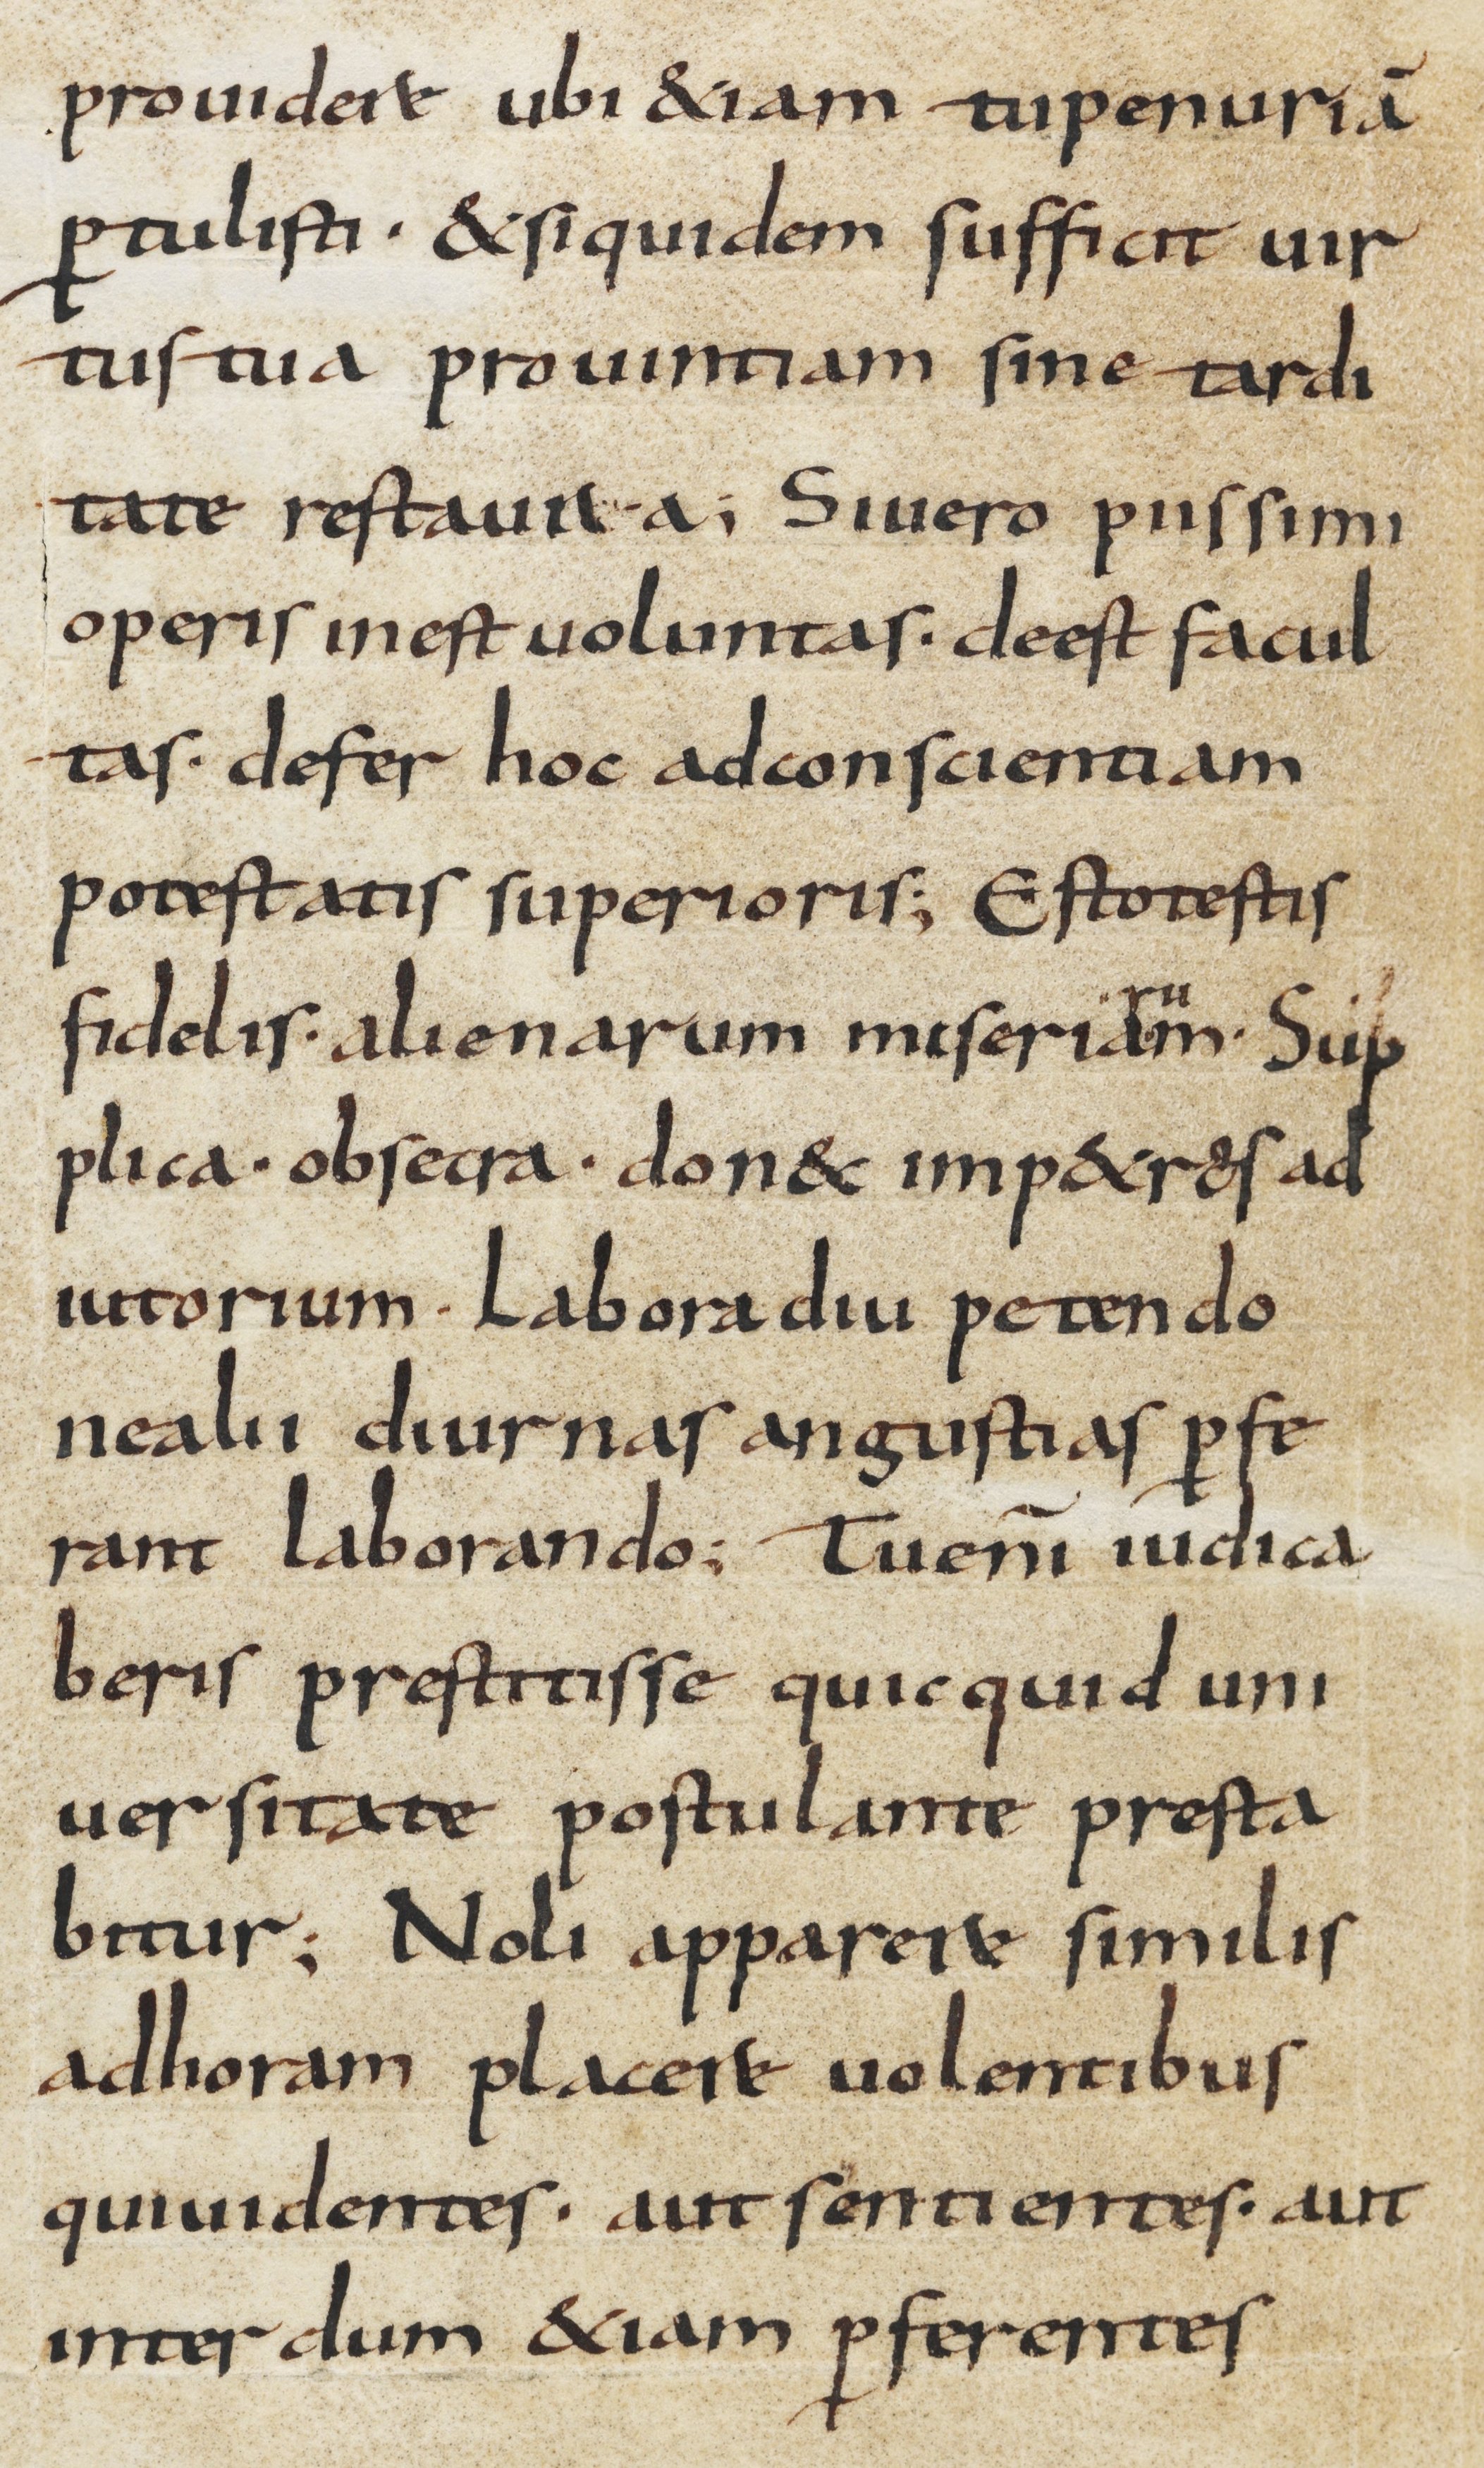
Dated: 800–899